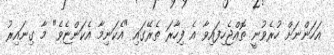
އަހަންނަށް ހުރެވުނީ ތޮއްޖެހިފައިވާ އެ ފިހާރަ ތެރޭގައި "އެކަނިމާ އެކަންޏެވެ" މާ ގިނައިރު